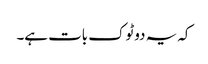
کہ یہ دوٹوک بات ہے۔